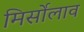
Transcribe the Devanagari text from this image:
मिर्सोलाव